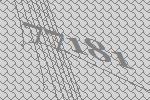
77181